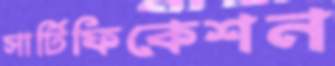
সার্টিফিকেশন